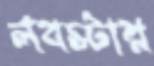
লবস্টার